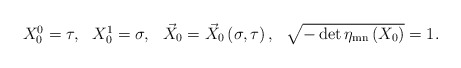
\begin{align*}\begin{array}{cccc}X_0^0=\tau , & X_0^1=\sigma , & \vec X_0=\vec X_0\left( \sigma ,\tau \right), & \sqrt{-\det \eta _{{\rm mn}}\left( X_0\right) }=1.\end{array}\end{align*}